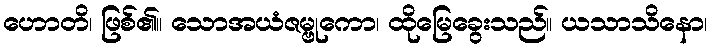
ဟောတိ၊ ဖြစ်၏။ သောအယံဇမ္ဗုကော၊ ထိုမြေခွေးသည်။ ယသာသိနော၊